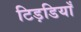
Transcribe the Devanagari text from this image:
टिड़डियाँ